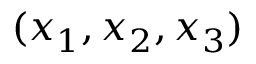
( x _ { 1 } , x _ { 2 } , x _ { 3 } )